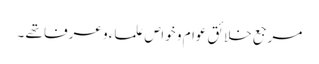
مرجع خلائق عوام و خواص علماء و عرفا تھے ۔